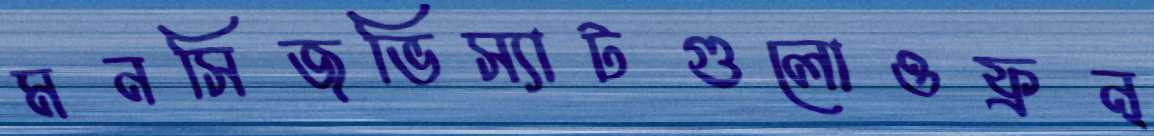
মনসিজভিস্যাটগুলোওফ্রন্